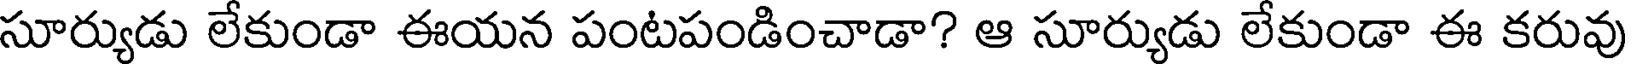
సూర్యుడు లేకుండా ఈయన పంటపండించాడా? ఆ సూర్యుడు లేకుండా ఈ కరువు